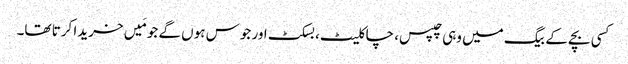
کسی بچے کے بیگ میں وہی چپس، چاکلیٹ، بسکٹ اور جوس ہوں گے جو مَیں خریدا کرتا تھا۔